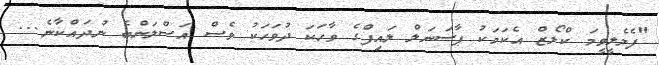
"ފެމެލީވީމަ ކްލޯޒް އެކަމަކު ޕާސަނަލް ލައިފްގެ ވާހަކަ ދުވަހަކު ވެސް އަސްލަންބެ ނުދައްކާނެ...